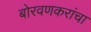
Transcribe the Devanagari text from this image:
बोरवणकरांचा